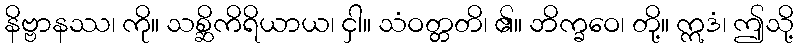
နိဗ္ဗာနဿ၊ ကို။ သစ္ဆိကိရိယာယ၊ ငှါ။ သံဝတ္တတိ၊ ၏။ ဘိက္ခဝေ၊ တို့။ ဣဒံ၊ ဤသို့